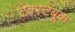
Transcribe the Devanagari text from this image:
टेक्स्टबूक